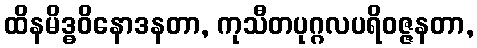
ထိနမိဒ္ဓဝိနောဒနတာ, ကုသီတပုဂ္ဂလပရိဝဇ္ဇနတာ,